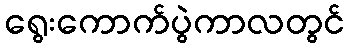
ရွေးကောက်ပွဲကာလတွင်